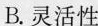
B. 灵活性